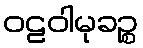
ဝဠဝါမုခဉ္စ